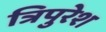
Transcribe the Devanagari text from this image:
त्रिपुरेश